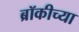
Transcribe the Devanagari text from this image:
ब्रॉकीच्या